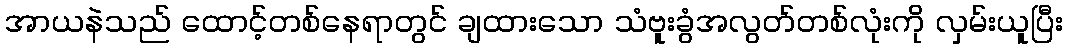
အာယနဲသည် ထောင့်တစ်နေရာတွင် ချထားသော သံဗူးခွံအလွတ်တစ်လုံးကို လှမ်းယူပြီး